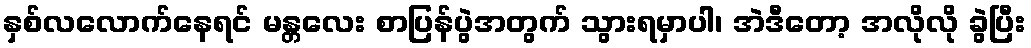
နှစ်လလောက်နေရင် မန္တလေး စာပြန်ပွဲအတွက် သွားရမှာပါ၊ အဲဒီတော့ အလိုလို ခွဲပြီး